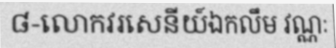
៨-លោកវរសេនីយ៍ឯកលឹម វណ្ណៈ